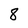
Character: 8